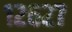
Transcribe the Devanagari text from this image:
१२६२७